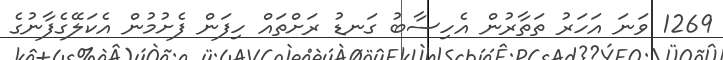
1269 ވަނަ އަހަރު ތަތާރުން އެހިސާބު ގަނޑު ރަށްތައް ހިފަން ފެށުމުން އެކަލޭގެފާނުގެ